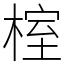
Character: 榁